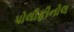
પોલીફીનોલ